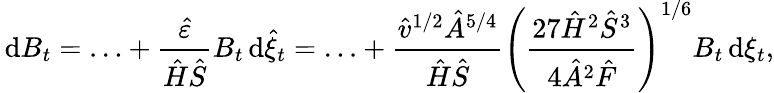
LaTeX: \, \mathrm{d}B_{t}=\ldots+\frac{\hat{\varepsilon}}{\hat{H}\hat{S}}B_{t}\, \mathrm{d}\hat{\xi}_{t}=\ldots+\frac{\hat{v}^{1/2}\hat{A}^{5/4}}{\hat{H}\hat{S}}\left({\frac{27\hat{H}^{2}\hat{S}^{3}}{4\hat{A}^{2}\hat{F}}}\right)^{1/6}B_{t}\, \mathrm{d}\xi_{t},